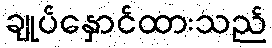
ချုပ်နှောင်ထားသည်